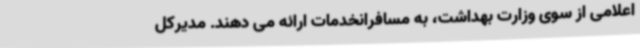
اعلامی از سوی وزارت بهداشت، به مسافرانخدمات ارائه می دهند. مدیرکل